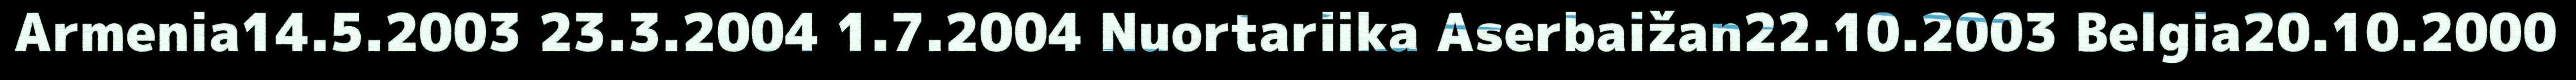
Armenia14.5.2003 23.3.2004 1.7.2004 Nuortariika Aserbaižan22.10.2003 Belgia20.10.2000